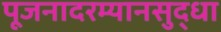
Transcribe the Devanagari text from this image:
पूजनादरम्यानसुद्धा